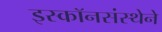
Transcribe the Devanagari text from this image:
इस्कॉनसंस्थेने